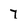
Character: 7